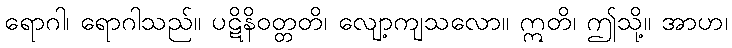
ရောဂါ၊ ရောဂါသည်။ ပဋိနိဝတ္တတိ၊ လျော့ကျသလော။ ဣတိ၊ ဤသို့။ အာဟ၊